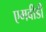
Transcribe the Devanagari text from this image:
एमवीडी